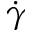
\dot { \gamma }